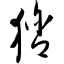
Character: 猞